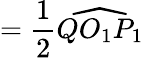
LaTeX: ={\frac{1}{2}}{\widehat{QO_{1}P_{1}}}